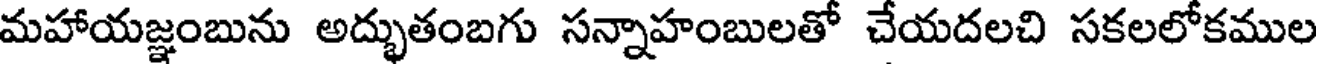
మహాయజ్ఞంబును అద్భుతంబగు సన్నాహంబులతో చేయదలచి సకలలోకముల